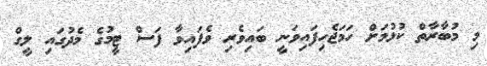
މި މުބާރާތް ކުޅުމަށް ހަމަޖެހިފައިވަނީ ބައިވެރި ވެފައިވާ ފަސް ޓީމުގެ މެދުގައި ލީގް